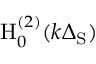
\mathrm { H } _ { 0 } ^ { ( 2 ) } ( k \Delta _ { \mathrm { S } } )